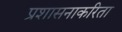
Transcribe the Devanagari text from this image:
प्रशासनाकरिता